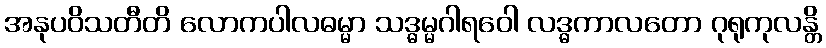
အနုပဝိသတီတိ လောကပါလဓမ္မာ သဒ္ဓမ္မဂါရဝေါ လဒ္ဓကာလတော ဂုရုကုလန္တိ